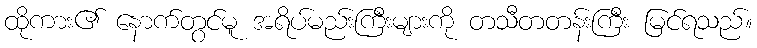
ထိုကား၏ နောက်တွင်မူ အရိပ်မည်းကြီးများကို တသီတတန်းကြီး မြင်ရသည်။